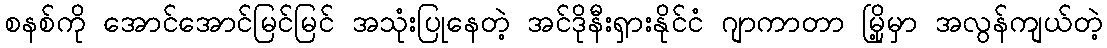
စနစ်ကို အောင်အောင်မြင်မြင် အသုံးပြုနေတဲ့ အင်ဒိုနီးရှားနိုင်ငံ ဂျာကာတာ မြို့မှာ အလွန်ကျယ်တဲ့